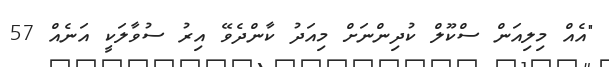
"އެއް މިލިއަން ސްކޫލް ކުދިންނަށް މިއަދު ކާންދެވޭ އިރު ސުވާލަކީ އަނެއް 57